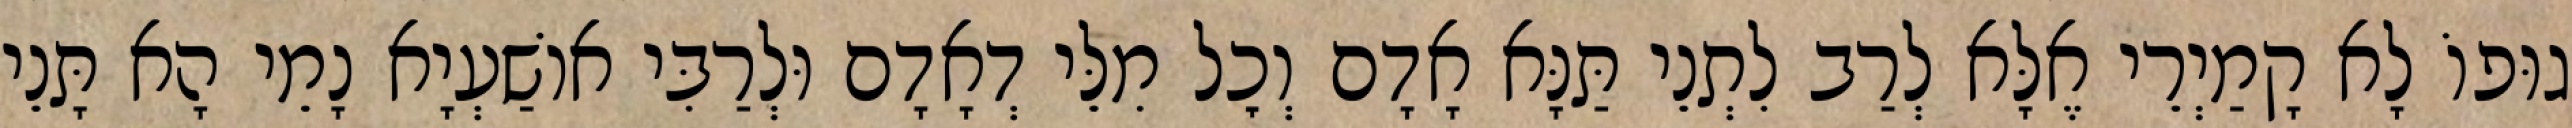
גוּפוֹ לָא קָמַיְרֵי אֶלָּא לְרַב לִתְנֵי תַּנָּא אָדָם וְכׇל מִלֵּי דְאָדָם וּלְרַבִּי אוֹשַׁעְיָא נָמֵי הָא תָּנֵי